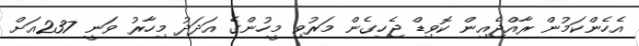
އެހެންކަމުން ރާއްޖެއިން ކޮވިޑް ޖެހިގެން މަރުވި މީހުންގެ އަދަދު މިހާރު ވަނީ 237އަށް